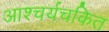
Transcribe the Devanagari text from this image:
आश्‍चर्यचकित